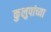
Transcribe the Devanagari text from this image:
कुलुपांच्या